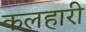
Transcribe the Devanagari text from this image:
कलहारी